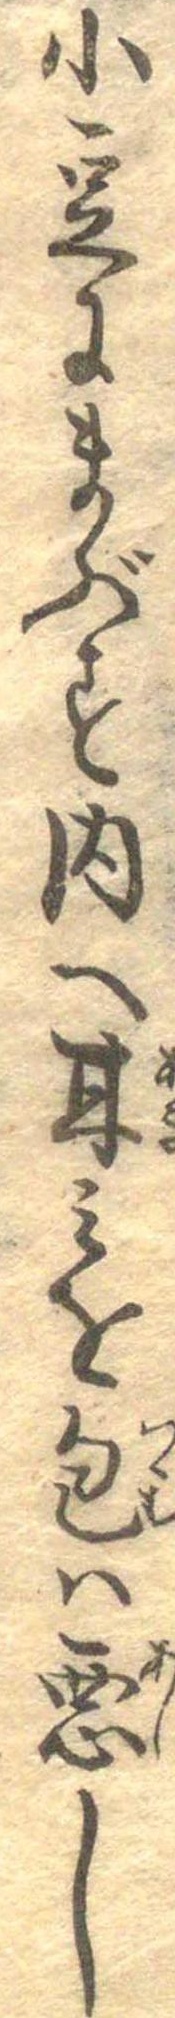
小豆にまぶす内へ甘みを包は悪し